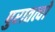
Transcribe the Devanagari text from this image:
पुरातत्वो